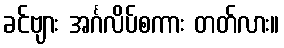
ခင်ဗျား အင်္ဂလိပ်စကား တတ်လား။